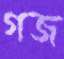
গজ